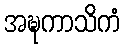
အဍ္ဎကာသိကံ